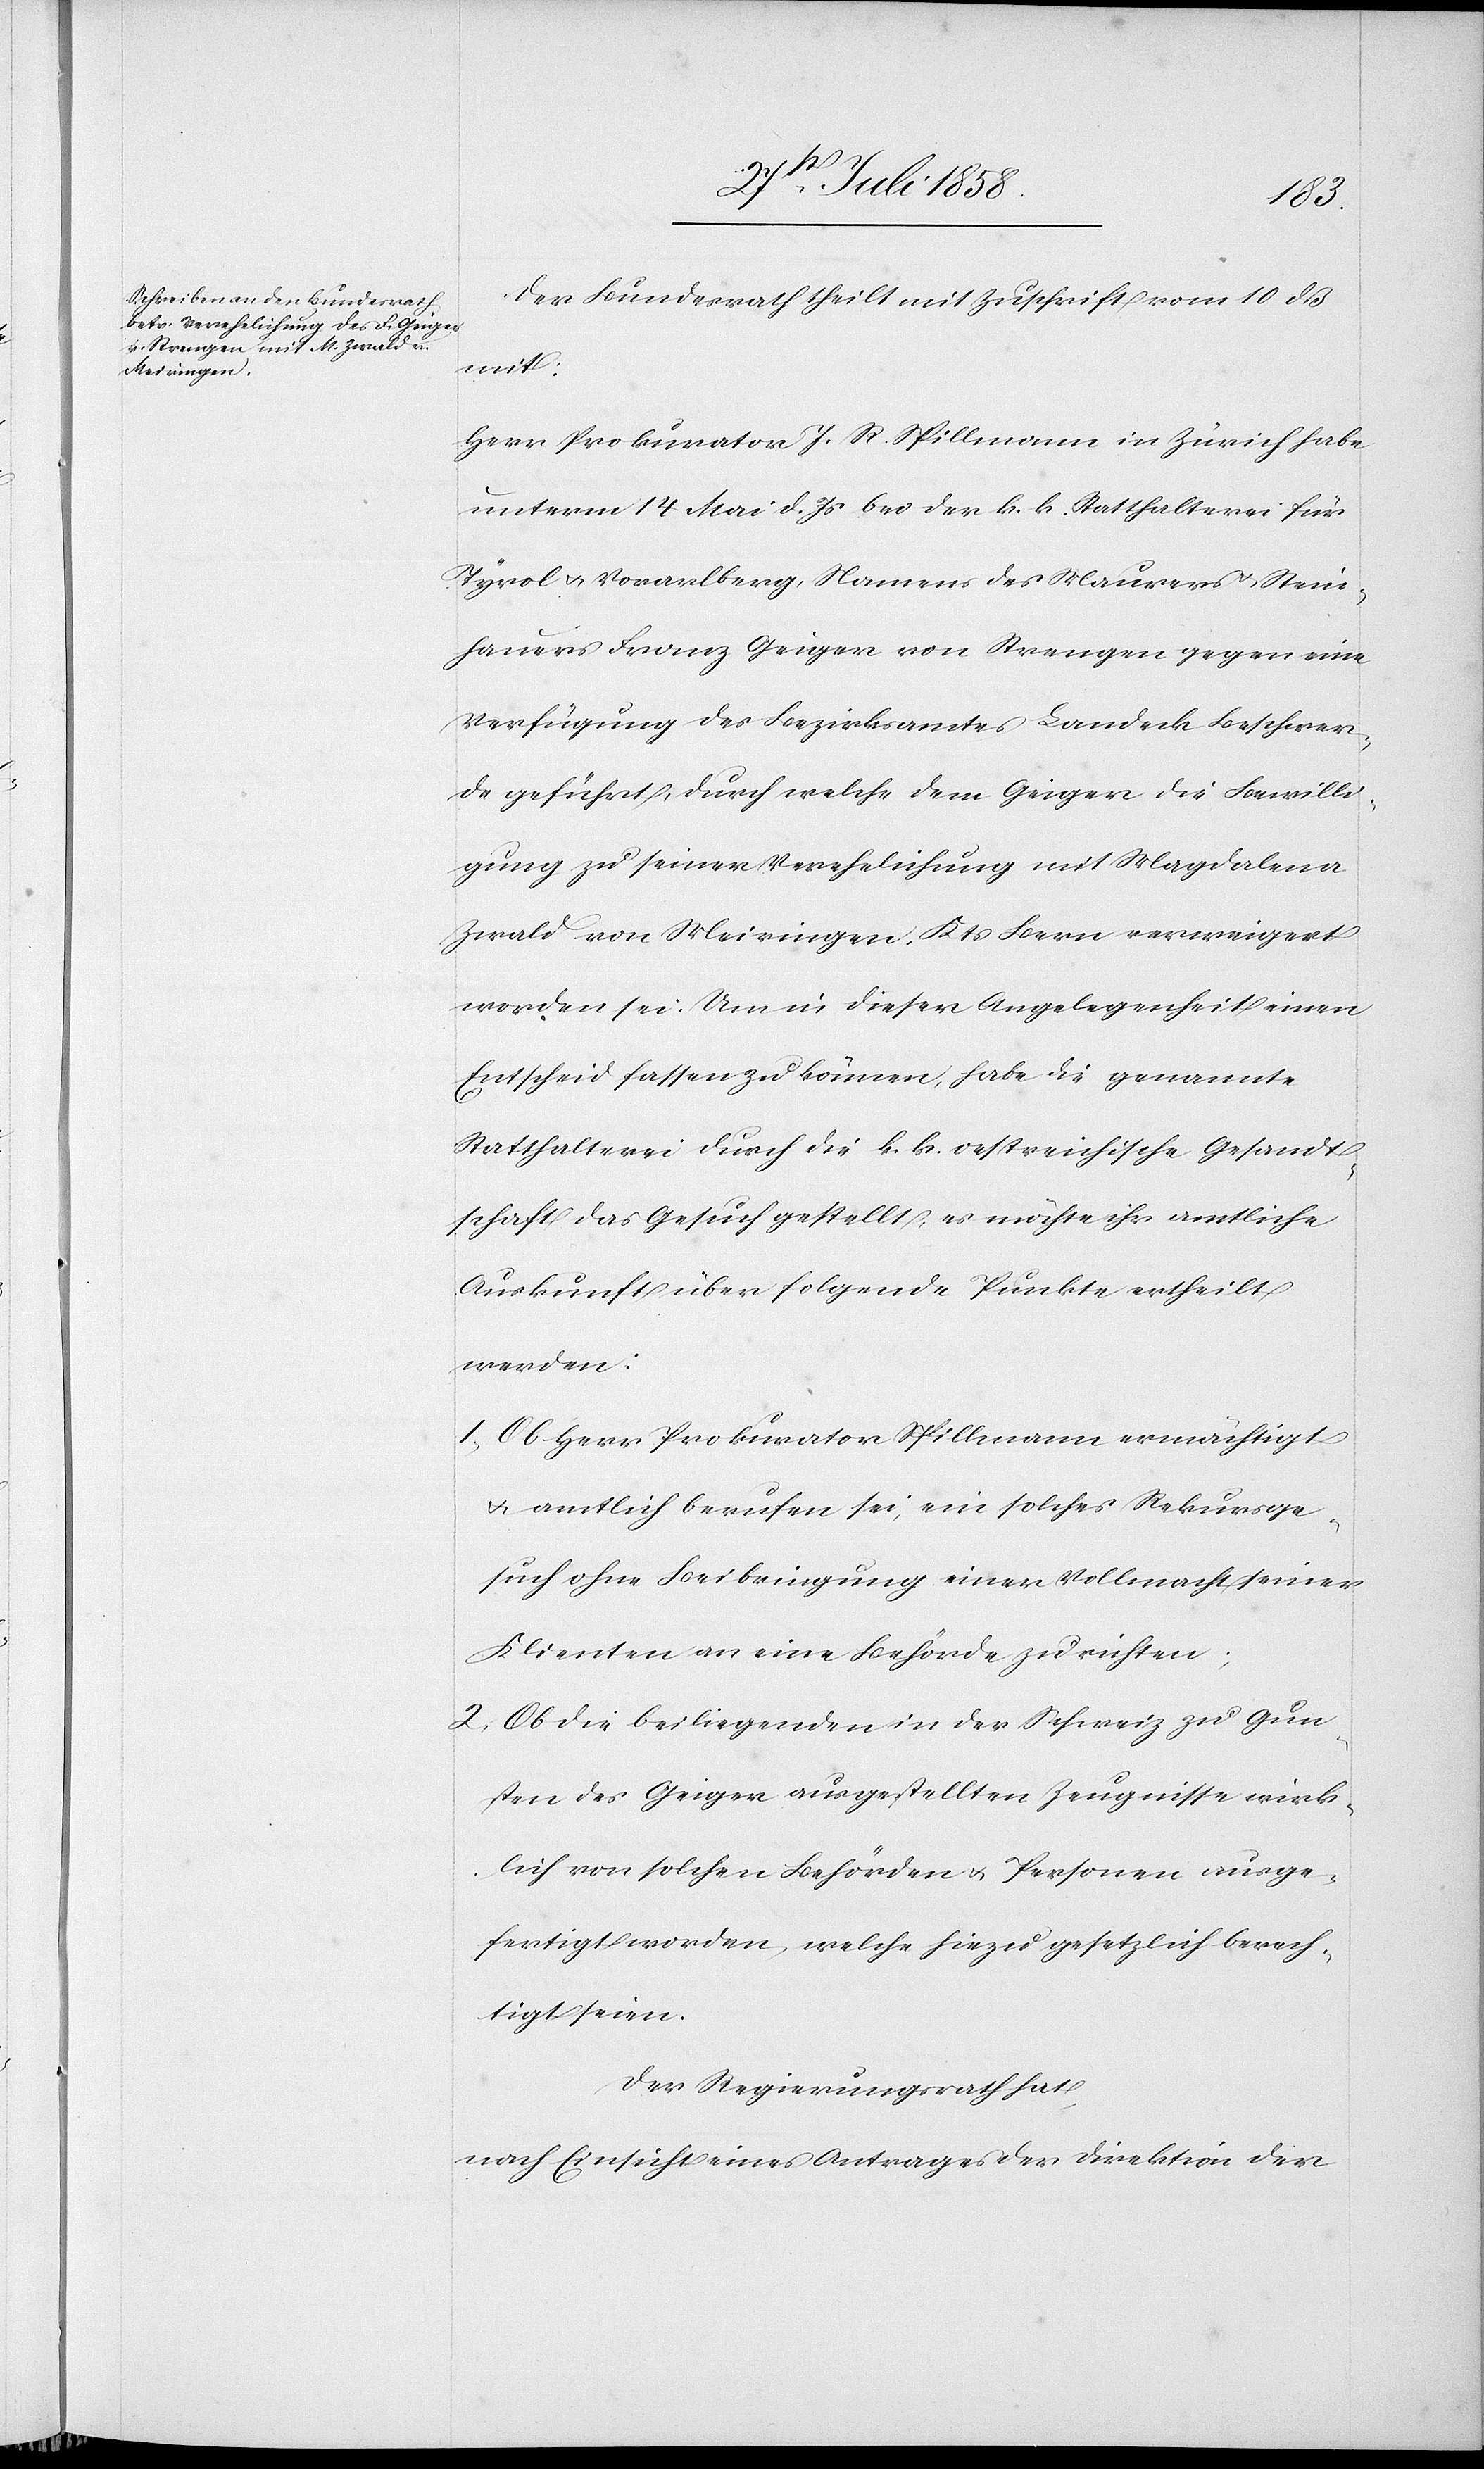
Der Bundesrath theilt mit Zuschrift vom 10 dß
mit:
Herr Prokurator J. R. Spillmann in Zürich habe
unterm 14 Mai d. Js bei der k. k. Statthalterei für
Tyrol & Vorarlberg, Namens des Maurers & Stein¬
hauers Franz Geiger von Strengen gegen eine
Verfügung des Bezirksamtes Landeck Beschwer¬
de geführt, durch welche dem Geiger die Bewilli¬
gung zu seiner Verehelichung mit Magdalena
Zwald von Meiringen, Kts Bern verweigert
worden sei. Um in dieser Angelegenheit einen
Entscheid fassen zu können, habe die genannte
Statthalterei durch die k. k. oestreichische Gesandt¬
schaft das Gesuch gestellt, es möchte ihr amtliche
Auskunft über folgende Punkte ertheilt
werden:
Ob Herr Prokurator Spillmann ermächtigt
& amtlich berufen sei, ein solches Rekursge¬
such ohne Beibringung einer Vollmacht seiner
Klienten an eine Behörde zu richten;
Ob die beiliegenden in der Schweiz zu Gun¬
sten des Geiger ausgestellten Zeugnisse wirk¬
lich von solchen Behörden & Personen ausge¬
fertigt worden, welche hiezu gesetzlich berech¬
tigt seien.
Der Regierungsrath hat,
nach Einsicht eines Antrages der Direktion der